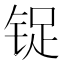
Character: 𰾃